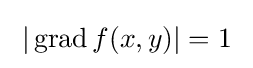
\;|\operatorname {grad} f(x,y)|=1\;